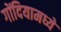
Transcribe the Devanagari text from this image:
गोंदियामध्ये